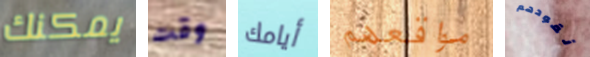
يمكنك وقت أيامك مواقعهم نقودهم